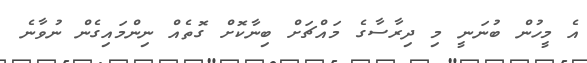
އެ މީހުން ބުނަނީ މި ދިރާސާގެ މައްޗަށް ބިނާކޮށް ގޮތެއް ނިންމައިގެން ނުވާނެ